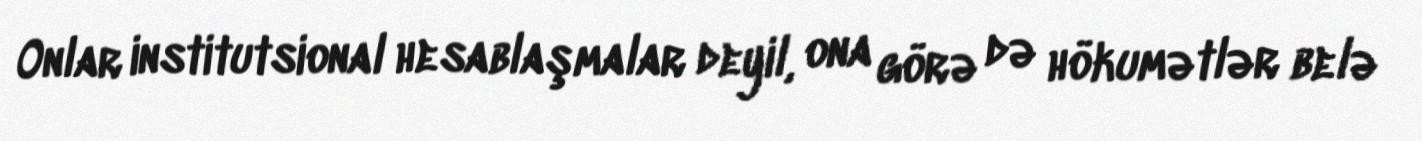
Onlar institutsional hesablaşmalar deyil, ona görə də hökumətlər belə